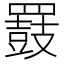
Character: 𪔒